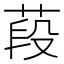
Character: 葮